Rangoon Lunatic Asylum 1878-1892 - 1878-1892
Year: 1878
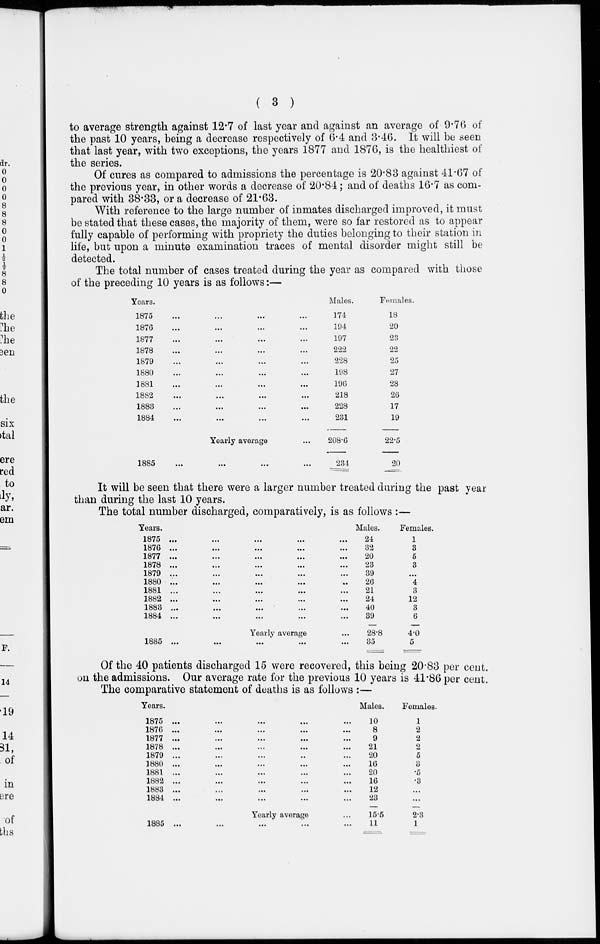
( 3 )
to average strength against 12.7 of last year and against an average of 9.76 of
the past 10 years, being a decrease respectively of 6.4 and 3.46. It will be seen
that last year, with two exceptions, the years 1877 and 1876, is the healthiest of
the series.
Of cures as compared to admissions the percentage is 20.83 against 41.67 of
the previous year, in other words a decrease of 20.84; and of deaths 16.7 as com-
pared with 38.33, or a decrease of 21.63.
With reference to the large number of inmates discharged improved, it must
be stated that these cases, the majority of them, were so far restored as to appear
fully capable of performing with propriety the duties belonging to their station in
life, but upon a minute examination traces of mental disorder might still be
detected.
The total number of cases treated during the year as compared with those
of the preceding 10 years is as follows:—
Years.
1875 ... ... ... ...
1876 ... ... ... ...
1877 ... ... ... ...
1878 ... ... ... ...
1879 ... ... ... ...
1880 ... ... ... ...
1881 ... ... ... ...
1882
...
...
...
...
1883 ... ... ... ...
1884 ... ... ... ...
Yearly average ...
1885 ... ... ... ...
Males.
174
194
197
222
228
198
196
218
228
231
208.6
234
Females.
18
20
23
22
25
27
28
26
17
19
22.5
20
It will be seen that there were a larger number treated during the past year
than during the last 10 years.
The total number discharged, comparatively, is as follows :—
Years.
1875
...
...
...
...
...
1876
...
...
...
...
...
1877 ... ... ... ... ...
1878
...
...
...
...
...
1879 ... ... ... ... ...
1880
...
...
...
...
...
1881
...
...
...
...
...
1882
...
...
...
...
...
1883 ... ... ... ... ...
1884 ... ... ... ... ...
Yearly average ...
1885 ... ... ... ... ...
Males.
24
32
20
23
39
26
21
24
40
39
28.8
35
Females.
1
3
5
3
...
4
3
12
3
6
4.0
5
Of the 40 patients discharged 15 were recovered, this being 20.83 per cent.
on the admissions. Our average rate for the previous 10 years is 41.86 per cent.
The comparative statement of deaths is as follows :—
Years.
1875 ... ... ... ... ...
1876 ... ... ... ... ...
1877 ... ... ... ... ...
1878 ... ... ... ... ...
1879 ... ... ... ... ...
1880 ... ... ... ... ...
1881 ... ... ... ... ...
1882 ... ... ... ... ...
1883 ... ... ... ... ...
1884 ... ... ... ... ...
Yearly average ...
1885 ... ... ... ... ...
Males.
10
8
9
21
20
16
20
16
12
23
15.5
11
Females.
1
2
2
2
5
5
.5
.3
...
...
2.3
1